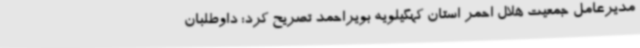
مدیرعامل جمعیت هلال احمر استان کهگیلویه بویراحمد تصریح کرد: داوطلبان